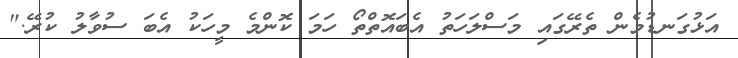
އަޅުގަނޑުމެން ތެރޭގައި މަސްލަހަތު އެބައޮތްތޯ ހަމަ ކޮންމެ މީހަކު އެބަ ސުވާލު ކުރޭ."